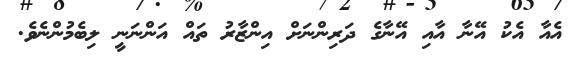
އެއާ އެކު އޭނާ އާއި އޭނާގެ ދަރިންނަށް އިންޒާރު ތައް އަންނަނީ ލިބެމުންނެވެ.